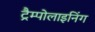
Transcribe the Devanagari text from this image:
ट्रैम्पोलाइनिंग